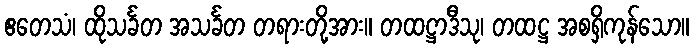
ဧတေသံ၊ ထိုသင်္ခတ အသင်္ခတ တရားတို့အား။ တထဋ္ဌာဒီသု၊ တထဋ္ဌ အစရှိကုန်သော။